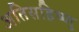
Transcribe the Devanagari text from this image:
अतिसहिष्णु